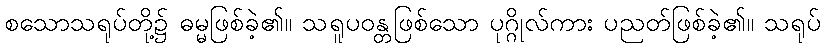
စသောသရုပ်တို့၌ ဓမ္မဖြစ်ခဲ့၏။ သရူပဝန္တဖြစ်သော ပုဂ္ဂိုလ်ကား ပညတ်ဖြစ်ခဲ့၏။ သရုပ်